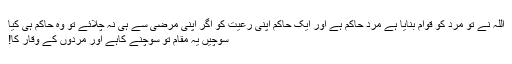
اللہ نے تو مرد کو قوام بنایا ہے مرد حاکم ہے اور ایک حاکم اپنی رعیت کو اگر اپنی مرضی سے ہی نہ چلائے تو وہ حاکم ہی کیا
سوچیں یہ مقام تو سوچنے کاہے اور مردوں کے وقار کا!